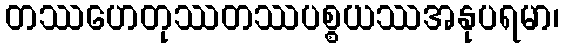
တဿဟေတုဿတဿပစ္စယဿအနုပရမာ၊